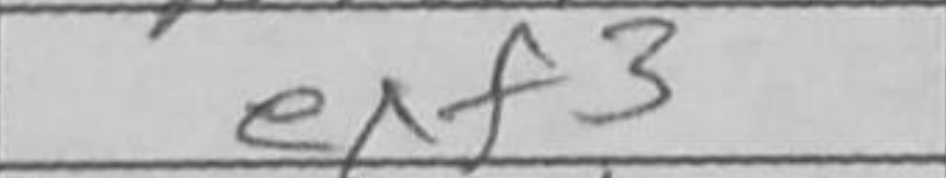
Transcription: exf3